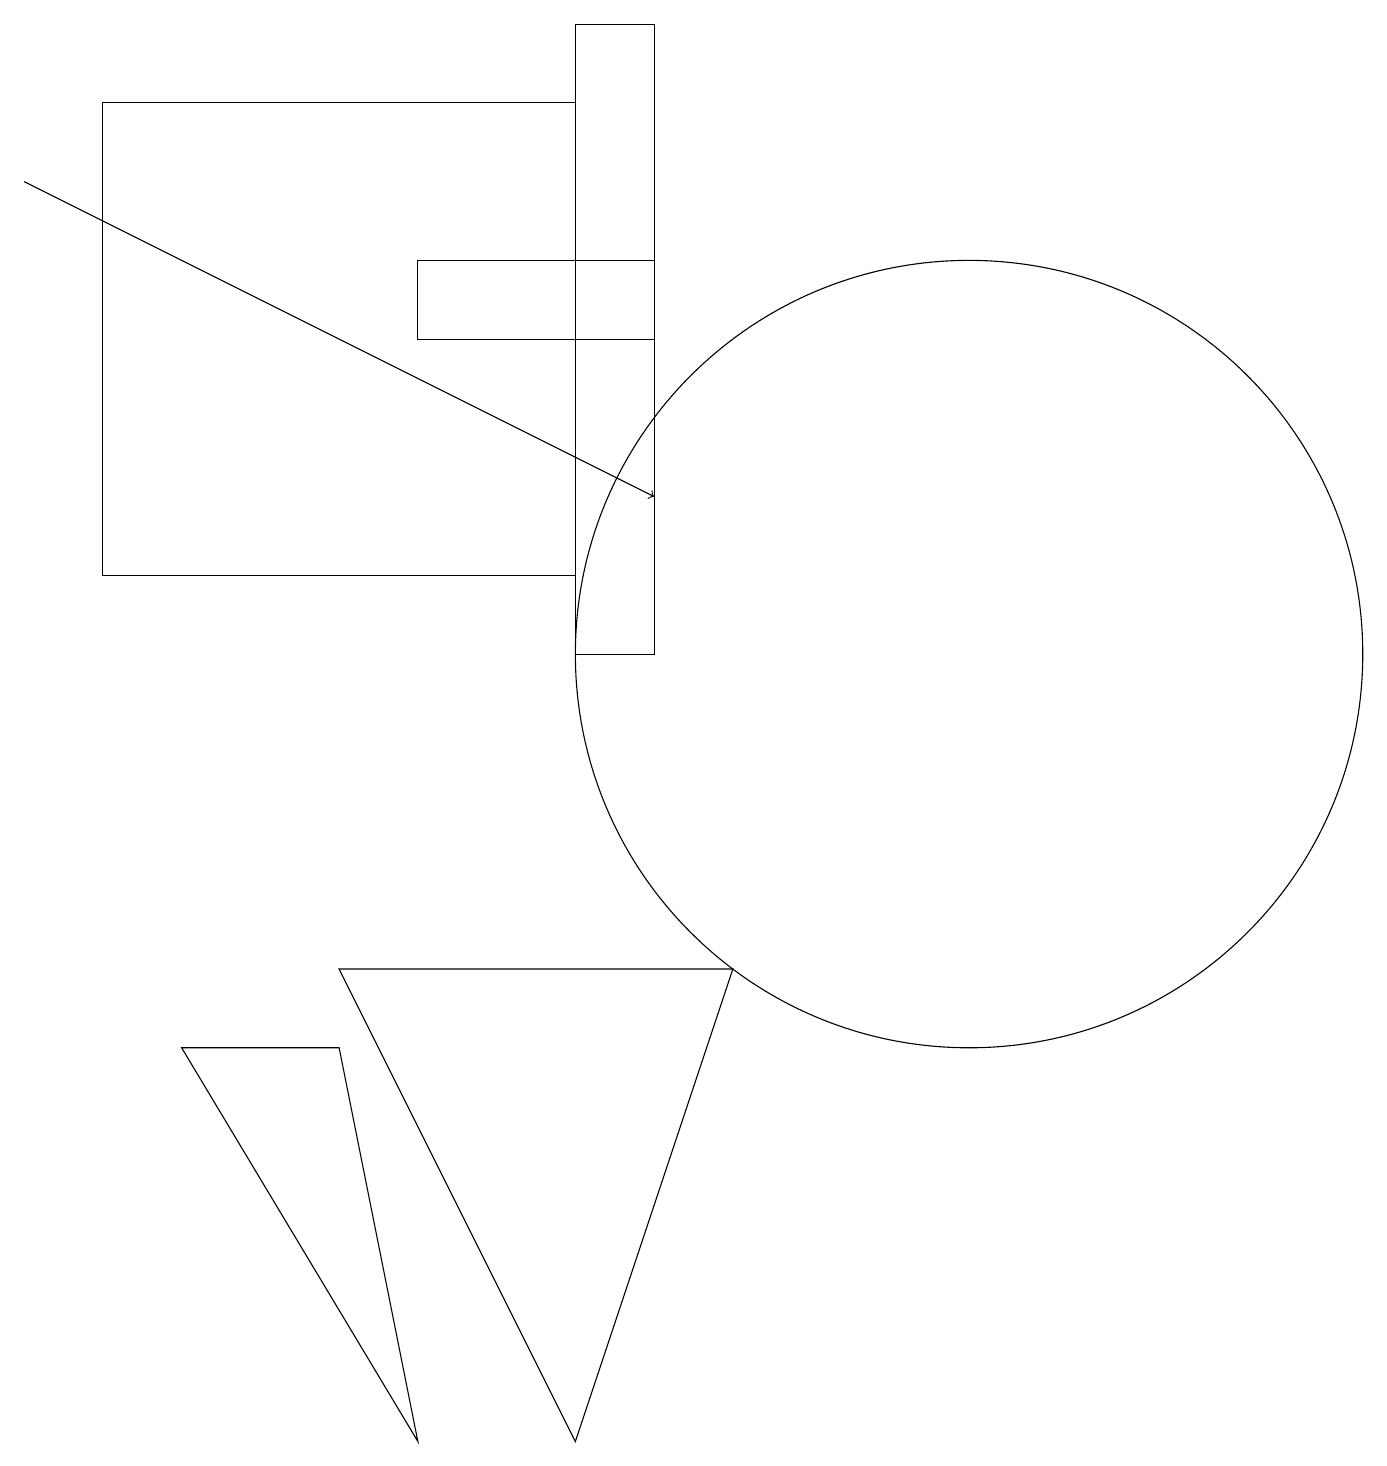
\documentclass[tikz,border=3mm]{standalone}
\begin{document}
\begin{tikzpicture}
\draw (7,18) rectangle (8,10);
\draw (2,5) -- (5,0) -- (4,5) -- cycle;
\draw (5,15) rectangle (8,14);
\draw[->] (0,16) -- (8,12);
\draw (7,11) rectangle (1,17);
\draw (7,0) -- (4,6) -- (9,6) -- cycle;
\draw (10,11) circle (0);
\draw (12,10) circle (5);
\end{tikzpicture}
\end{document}